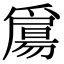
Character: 𤔰